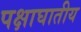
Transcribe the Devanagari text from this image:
पक्षाघातीय